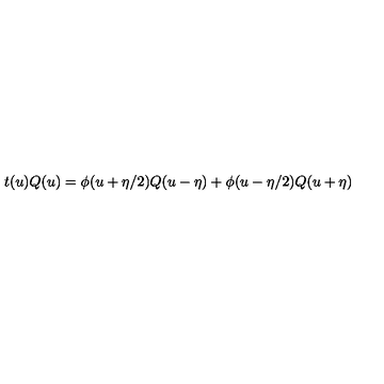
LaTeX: t ( u ) Q ( u ) = \phi ( u + \eta / 2 ) Q ( u - \eta ) + \phi ( u - \eta / 2 ) Q ( u + \eta )